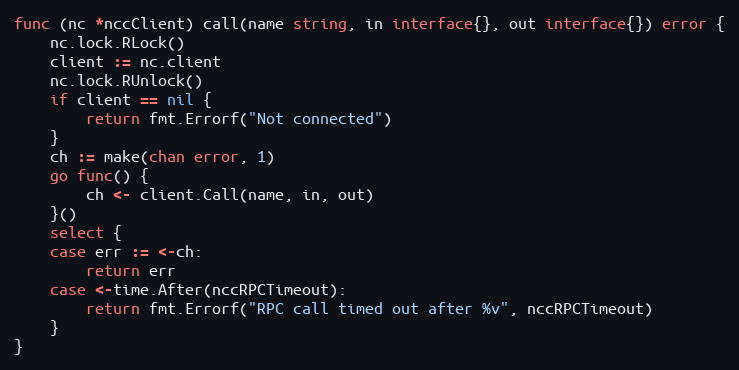
Language: Go
func (nc *nccClient) call(name string, in interface{}, out interface{}) error {
	nc.lock.RLock()
	client := nc.client
	nc.lock.RUnlock()
	if client == nil {
		return fmt.Errorf("Not connected")
	}
	ch := make(chan error, 1)
	go func() {
		ch <- client.Call(name, in, out)
	}()
	select {
	case err := <-ch:
		return err
	case <-time.After(nccRPCTimeout):
		return fmt.Errorf("RPC call timed out after %v", nccRPCTimeout)
	}
}